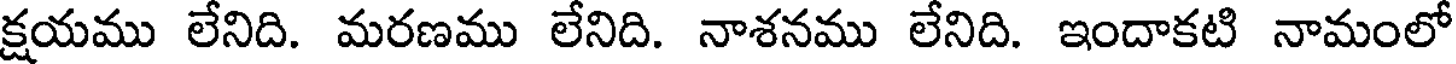
క్షయము లేనిది. మరణము లేనిది. నాశనము లేనిది. ఇందాకటి నామంలో